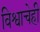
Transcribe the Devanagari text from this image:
विश्वाचेही